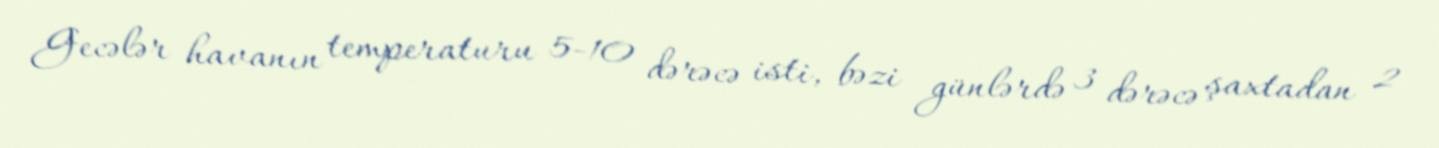
Gecələr havanın temperaturu 5-10 dərəcə isti, bəzi günlərdə 3 dərəcə şaxtadan 2